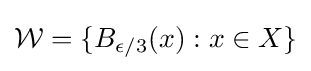
{\mathcal {W}}=\{B_{\epsilon /3}(x):x\in X\}